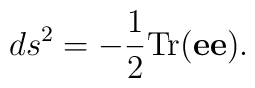
ds^2 = -{1\over 2} {\rm Tr}({\bf e}{\bf e}).